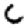
Digit: 6